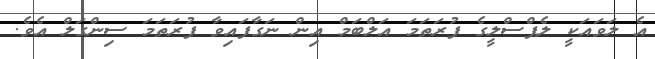
އެ ލަވައަކީ ލެޕްސްލީގެ ފުރަތަމަ އަލްބަމް އިން ނަގާފައިވާ ފުރަތަމަ ސިންގަލް އެވެ.